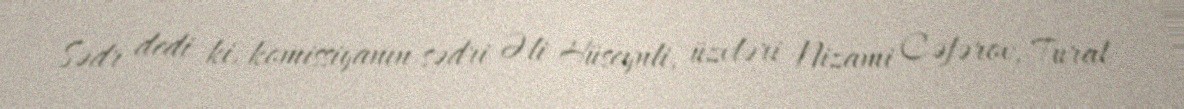
Sədr dedi ki, komissiyanın sədri Əli Hüseynli, üzvləri Nizami Cəfərov, Tural